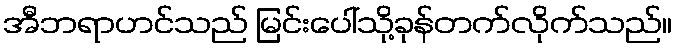
အီဘရာဟင်သည် မြင်းပေါ်သို့ခုန်တက်လိုက်သည်။